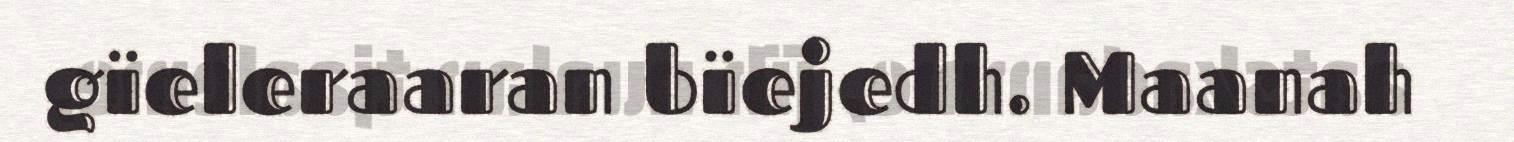
gïeleraaran bïejedh. Maanah